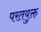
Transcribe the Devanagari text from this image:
परतयुक्त